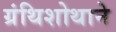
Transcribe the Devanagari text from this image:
ग्रंथिशोथाने